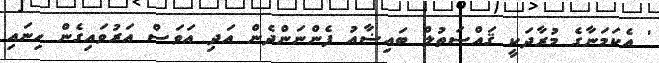
' އެކަމަނާގެ މުރާދަކީ ޤައްޞަތުލް ބައިޟާއު ފެންނަންދެން އަދި އަވަސް އަރުވައިގެން ހިނައި